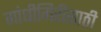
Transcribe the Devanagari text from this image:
गांधीगिरीसाठी